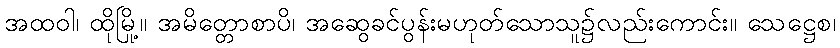
အထဝါ၊ ထိုမြို့။ အမိတ္တောစာပိ၊ အဆွေခင်ပွန်းမဟုတ်သောသူ၌လည်းကောင်း။ သေဋ္ဌေစ၊